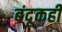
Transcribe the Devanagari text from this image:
बंदूकही